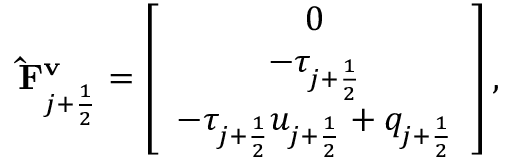
\mathbf { \hat { F } ^ { v } } _ { j + \frac { 1 } { 2 } } = \left[ \begin{array} { c } { 0 } \\ { - \tau _ { j + \frac { 1 } { 2 } } } \\ { - \tau _ { j + \frac { 1 } { 2 } } u _ { j + \frac { 1 } { 2 } } + q _ { j + \frac { 1 } { 2 } } } \end{array} \right] ,